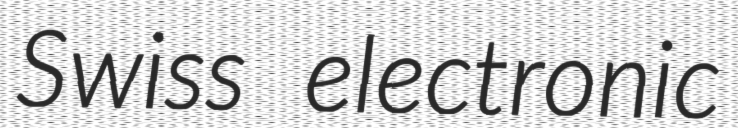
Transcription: Swiss electronic